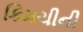
કિમચીની